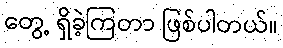
တွေ့ ရှိခဲ့ကြတာ ဖြစ်ပါတယ်။